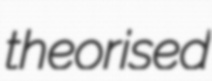
theorised